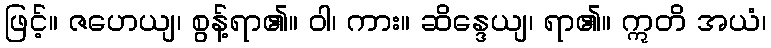
ဖြင့်။ ဇဟေယျ၊ စွန့်ရာ၏။ ဝါ၊ ကား။ ဆိန္ဒေယျ၊ ရာ၏။ ဣတိ အယံ၊